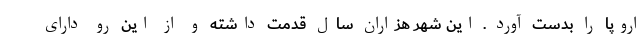
اروپا را بدست آورد . این شهر هزاران سال قدمت داشته و از این رو دارای